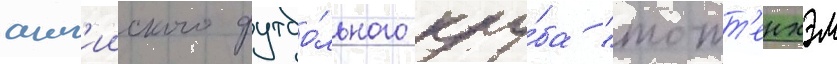
англ'ииского футбо́льного клу́ба "тотт'енхэм